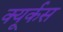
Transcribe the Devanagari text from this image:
क्यूर्कस